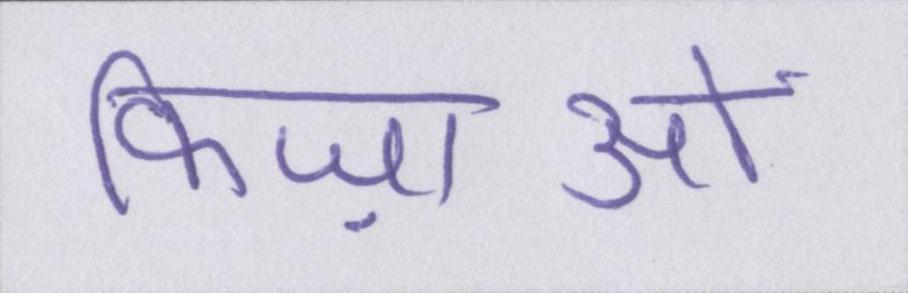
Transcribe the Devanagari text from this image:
फिज़ाओं